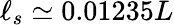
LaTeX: \ell_{s}\simeq 0.01235L